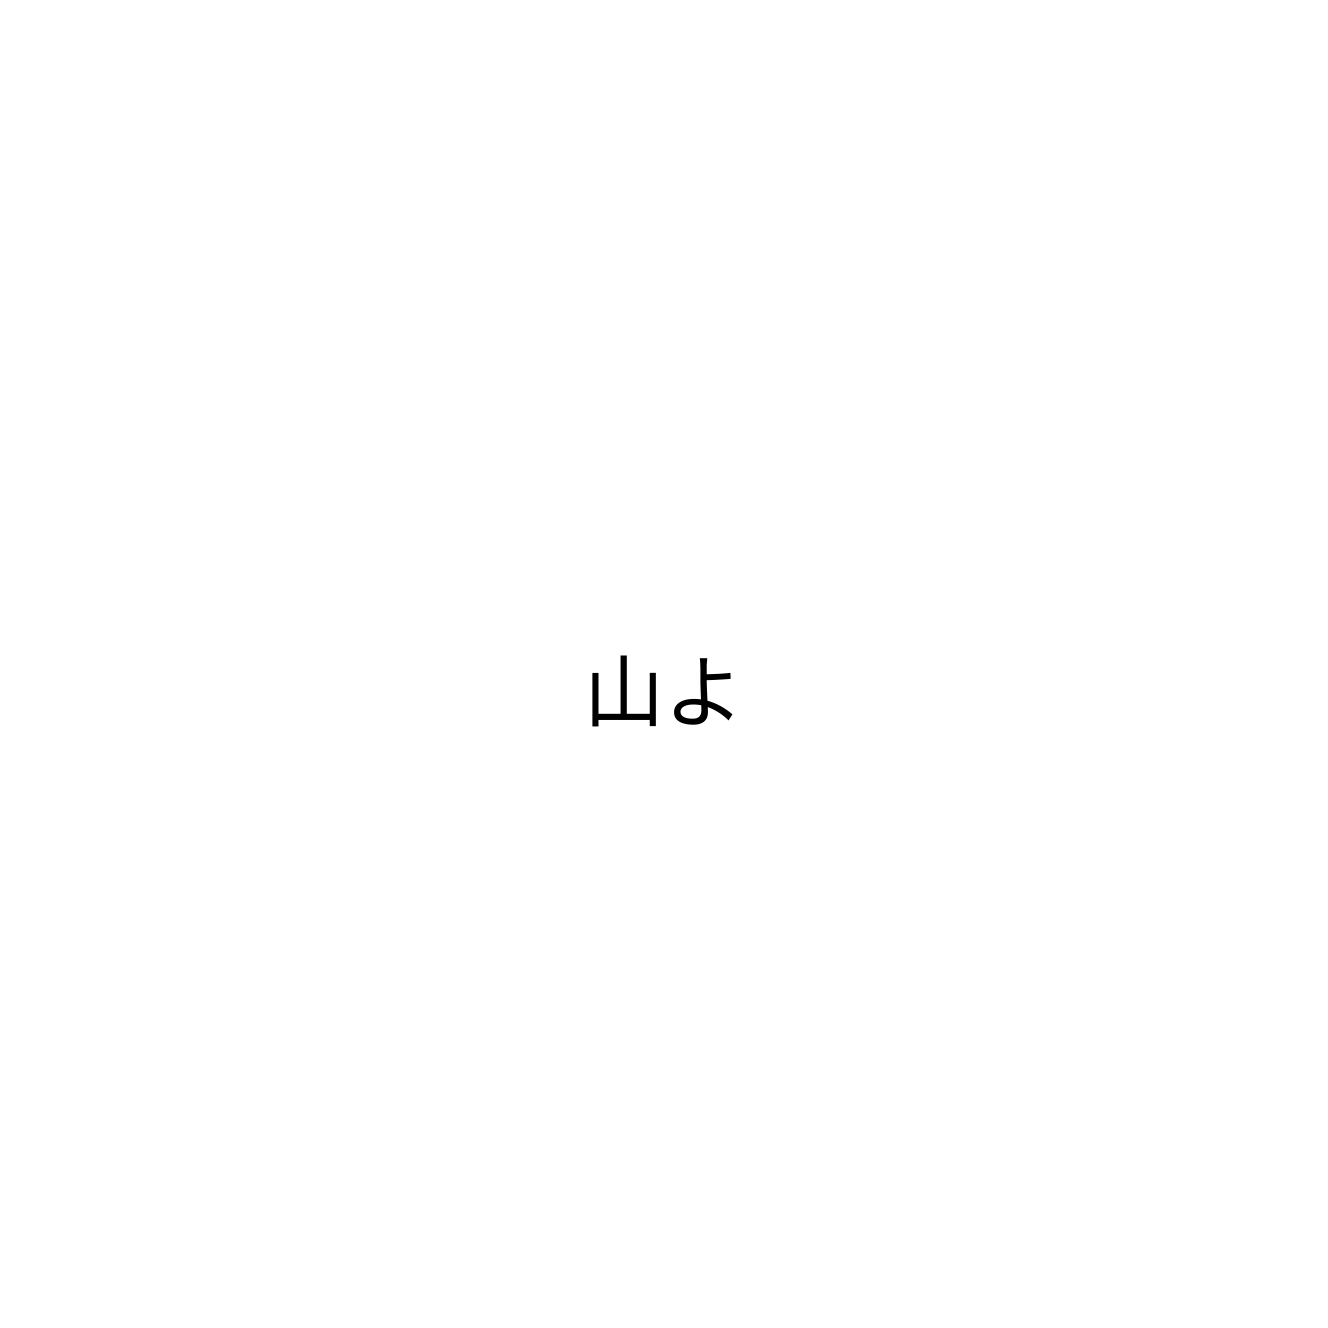
山よ